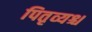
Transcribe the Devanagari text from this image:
पितृव्यश्च